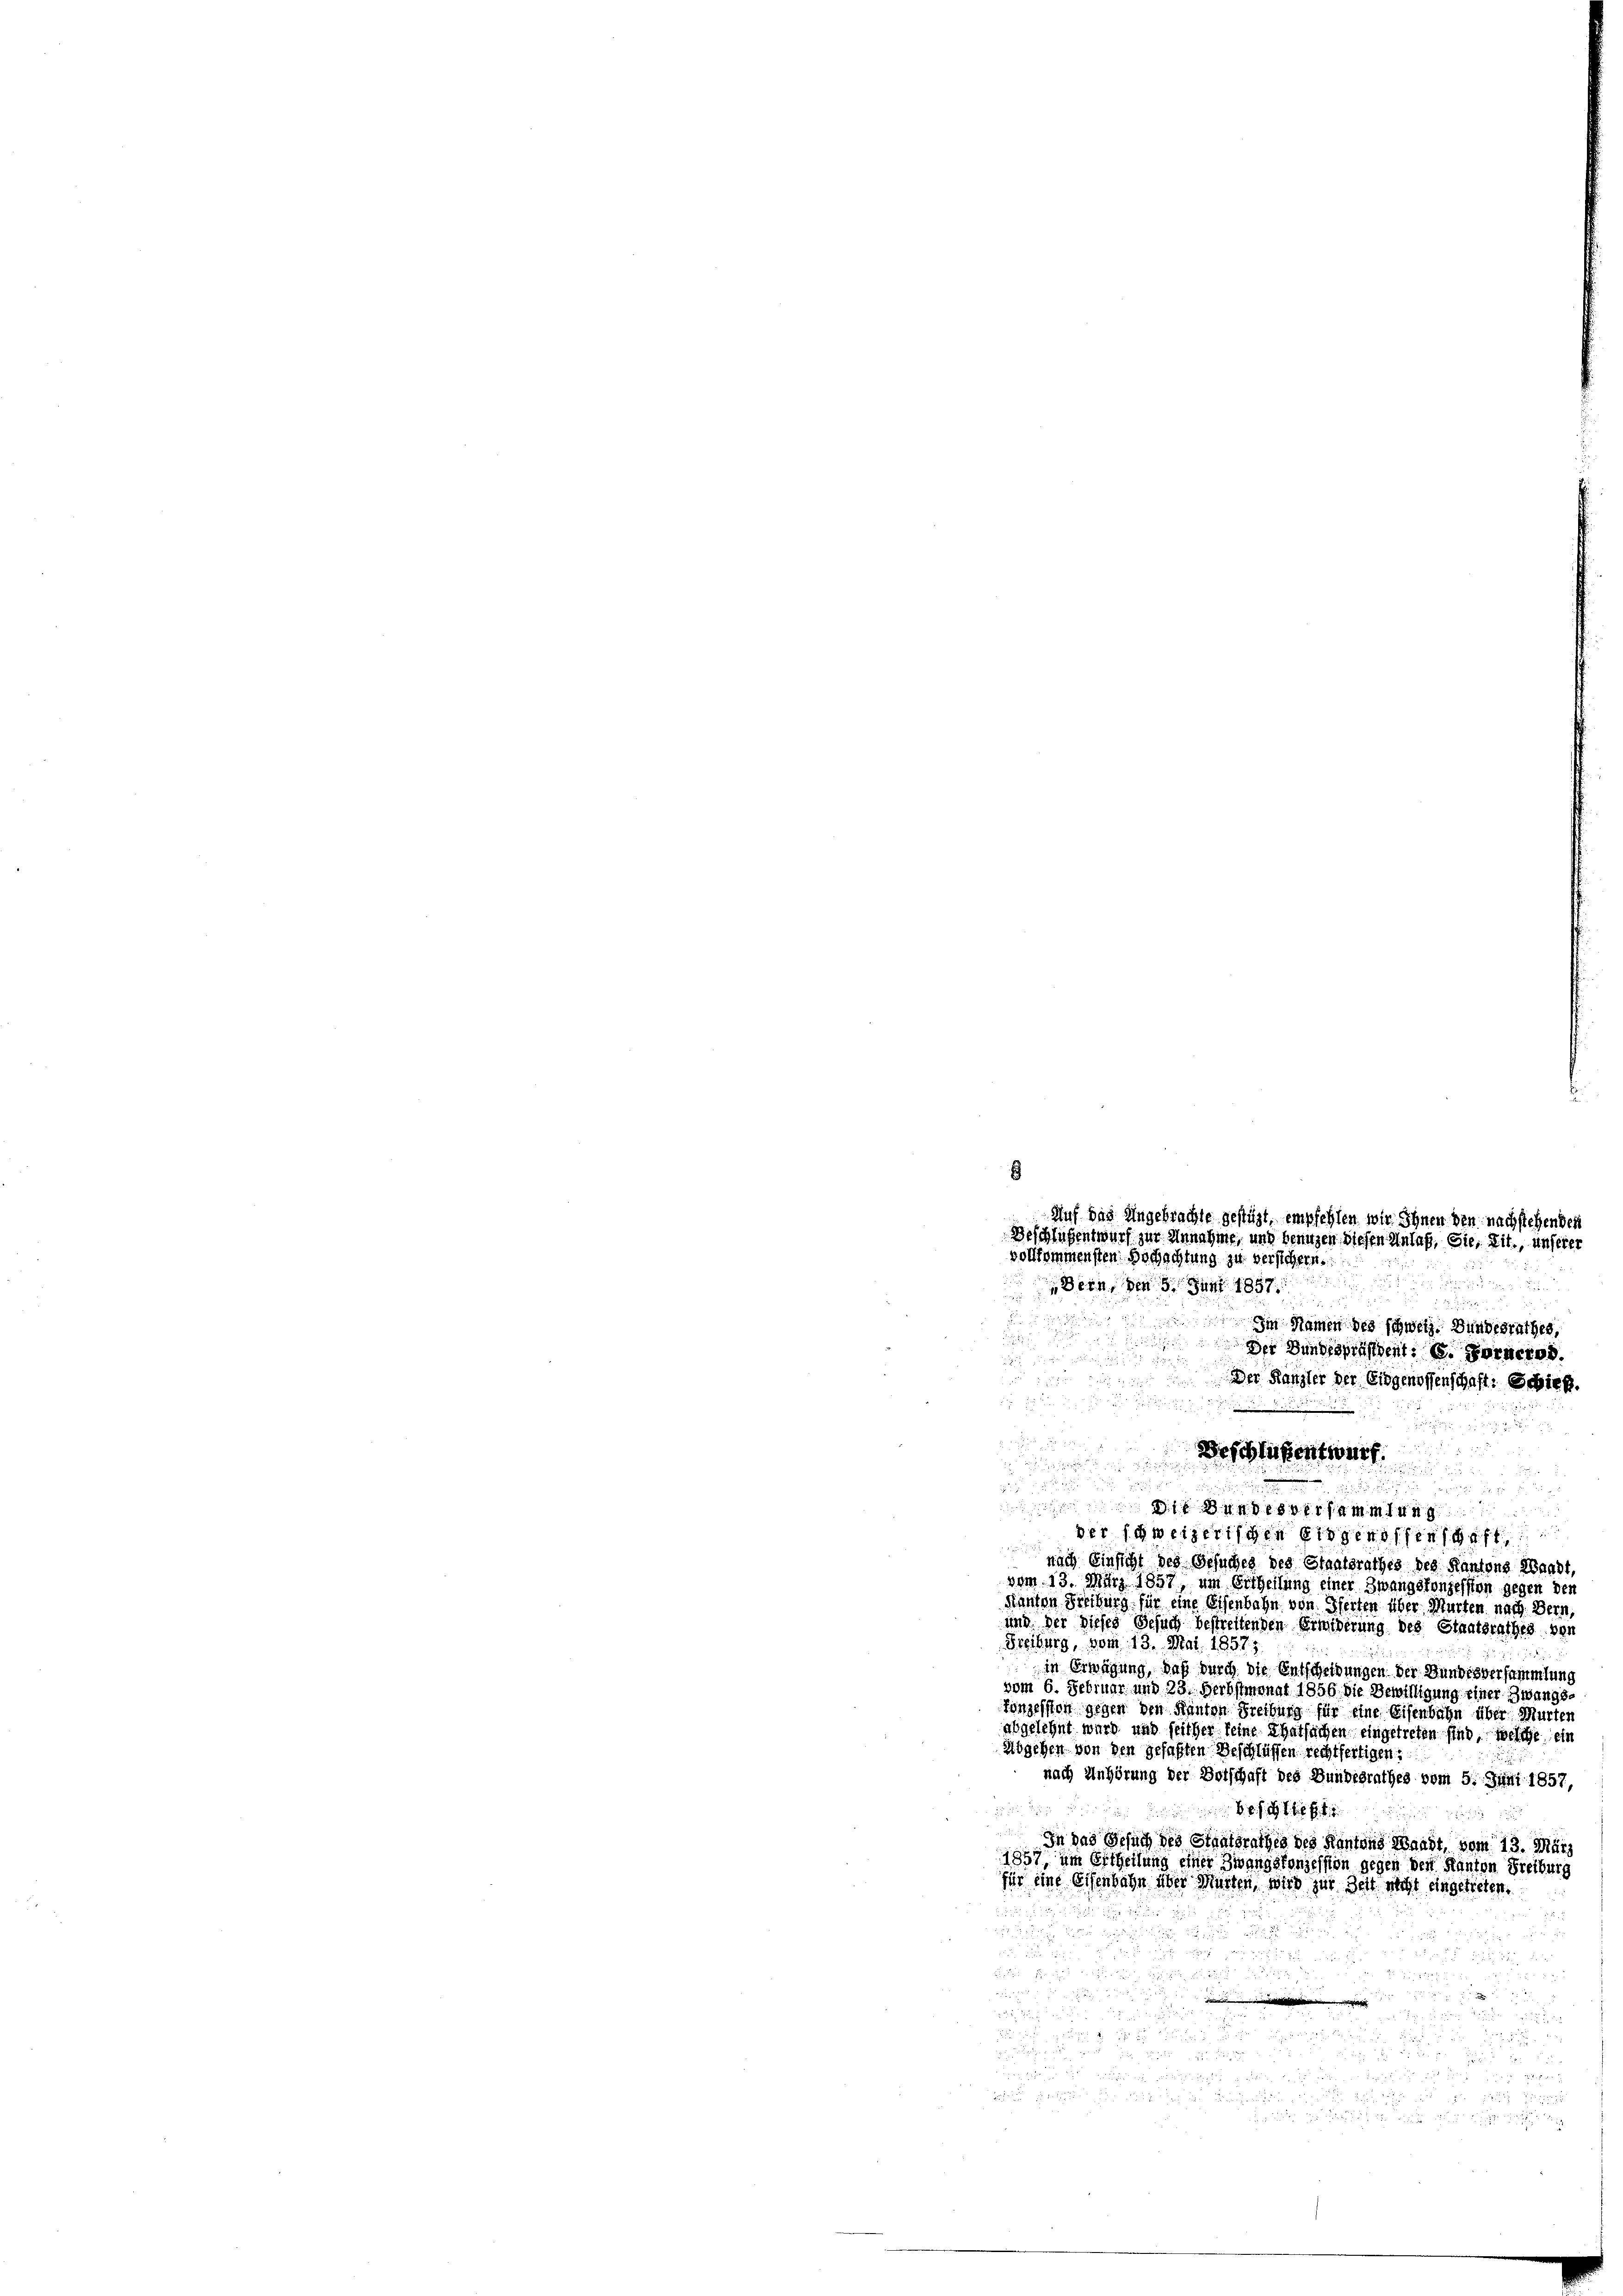
9
Auf das Angebrachte gestüzt, empfehlen wir Ihnen den nachstehenden
Beschlüssentwurf zur Annahme, und benuzen diesen Anlaß, Sie, Lit., unserer
vollkommensten Bochachtung zu verstehen.
Bern, den 9. Juni 1897.

8

Beschlüssentwurf.

 dir hemmen
der schweizerischen Eidgenossen

nach Einsicht des Gesuches des Staatsrathes des Kantons Waadt,
vom 13. März 1857, um Ertheilung einer Zwangsfonzession gegen den
Kanton Freiburg für eine Eisenbahn von Pferten über Murten nach Bern,
und der dieses Gesuch bestreitenden Erwiderung des Staatsrathes von
Freiburg, vom 13. Mai. 1857.
in Erwägung, daß durch die Entscheidungen der Bundesversammlung
vom 6. Februar und 23. Herbstmonat 1856. Die Bewilligung einer Zwangstonzession gegen den Kanton Freiburg für eine Eisenbahn über Murten
abgelehnt wird, und seither seine Thatsachen eingetreten sind, welche ein
abgehen von den gefaßten Beschlüssen rechtfertigen:
nach Anhörung der Botschaft des Bundesrathes vom 5. Juni 1857,

In das Gesuch des Staatsrathes des Kantons Waadt, vom 13. Mär
1857 im Ertheilung einer Zwangskonzession gegen den Kanton Freiburg
für eine Eisenbahn über Musten, wird zur Zeit sicht eingetreten.
2

2
 x
u.

  da ich in diese

.
 Im Namen des schweiz. Bundesrathes,
Der Bundespräsident: 6. Fernere d.
Der Kanzler der Eidgenossenschaft: Schieß.